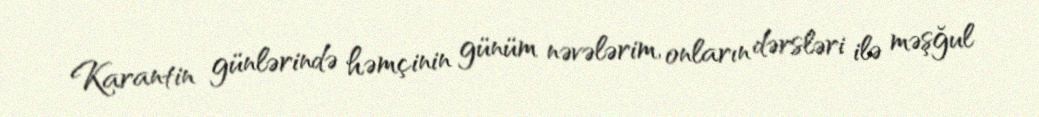
Karantin günlərində həmçinin günüm nəvələrim, onların dərsləri ilə məşğul